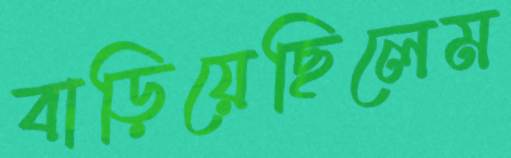
বাড়িয়েছিলেম